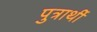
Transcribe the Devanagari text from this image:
पुत्रार्थी